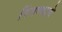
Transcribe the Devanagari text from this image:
पिंजण्याचे